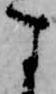
す